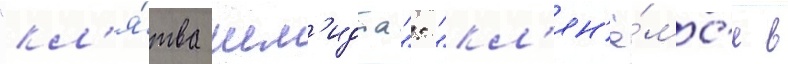
"кл'я́тва шм'идта": "кл'ян'ё́мс'я в